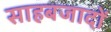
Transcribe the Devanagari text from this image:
साहबजादों